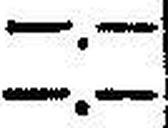
—.—